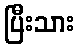
ပြီးသား